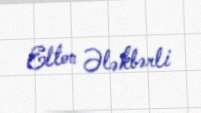
Elton Ələkbərli